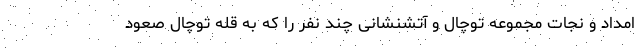
امداد و نجات مجموعه توچال و آتشنشانی چند نفر را که به قله توچال صعود